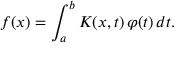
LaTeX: f ( x ) = \int _ { a } ^ { b } K ( x , t ) \, \varphi ( t ) \, d t .